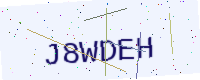
Text: J8WDEH